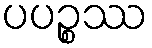
ပပဉ္စဿ